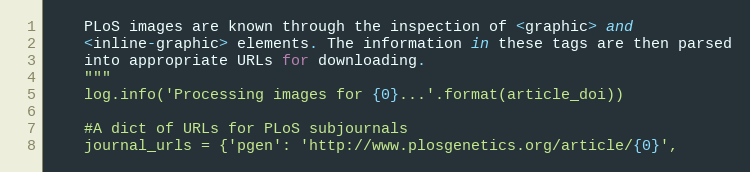
Language: Python
    PLoS images are known through the inspection of <graphic> and
    <inline-graphic> elements. The information in these tags are then parsed
    into appropriate URLs for downloading.
    """
    log.info('Processing images for {0}...'.format(article_doi))

    #A dict of URLs for PLoS subjournals
    journal_urls = {'pgen': 'http://www.plosgenetics.org/article/{0}',